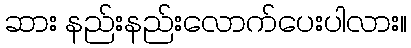
ဆား နည်းနည်းလောက်ပေးပါလား။